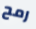
رمح